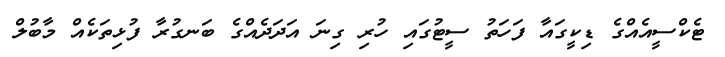
ޓެކްސީއެއްގެ ޑިކީގައާ ފަހަތު ސީޓުގައި ހުރި ގިނަ އަދަދެއްގެ ބަނގުރާ ފުޅިތަކެއް މާބުލް